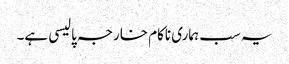
یہ سب ہماری ناکام خارجہ پالیسی ہے۔